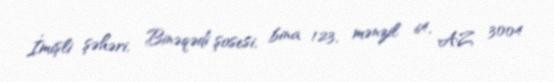
İmişli şəhəri, Binəqədi şosesi, bina 123, mənzil 64, AZ 3004